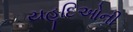
યહૂદિઓની